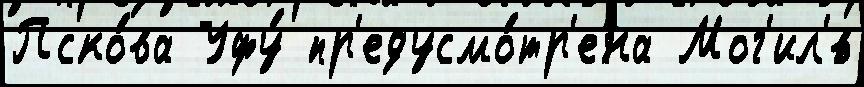
Пско́ва Уфу́ пр'едусмо́тр'ена Мог'ил'́в